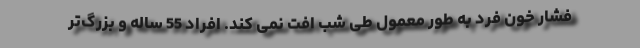
فشار خون فرد به طور معمول طی شب افت نمی کند. افراد 55 ساله و بزرگ‌تر